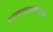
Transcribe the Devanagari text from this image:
करादशसहस्रनामात